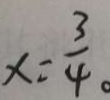
x = \frac { 3 } { 4 } 。